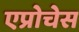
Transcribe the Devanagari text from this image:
एप्रोचेस